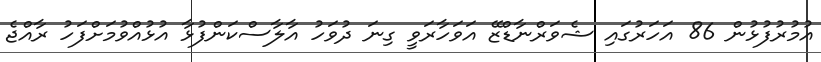
އުމުރުފުޅުން 86 އަހަރުގައި ޝެވަރްނާޑްޒޭ އަވަހާރަވީ ގިނަ ދުވަހު އާލާސްކަންފުޅާ އުޅުއްވުމަށްފަހު ރާއްޖެ